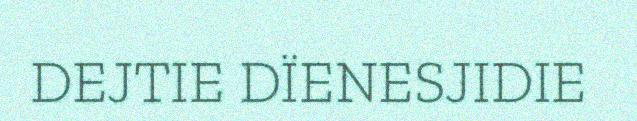
DEJTIE DÏENESJIDIE